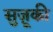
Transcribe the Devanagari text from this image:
सुज़ूकी